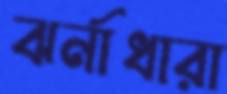
ঝর্নাধারা